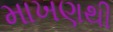
માખણથી